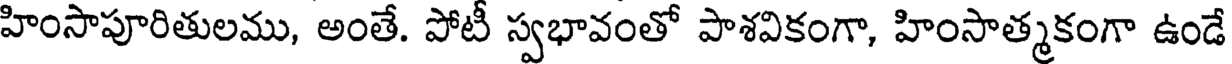
హింసాపూరితులము, అంతే. పోటీ స్వభావంతో పాశవికంగా, హింసాత్మకంగా ఉండే